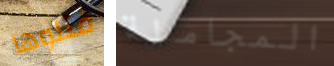
قتلوها المجاملة